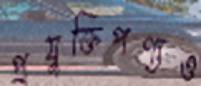
প্রযুক্তিপণ্যও